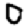
Digit: 0